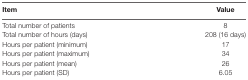
| Item | Value |
 | --- | --- |
 | Total number of patients | 8 |
 | Total number of hours (days) | 208 (16 days) |
 | Hours per patient (minimum) | 17 |
 | Hours per patient (maximum) | 34 |
 | Hours per patient (mean) | 26 |
 | Hours per patient (SD) | 6.05 |